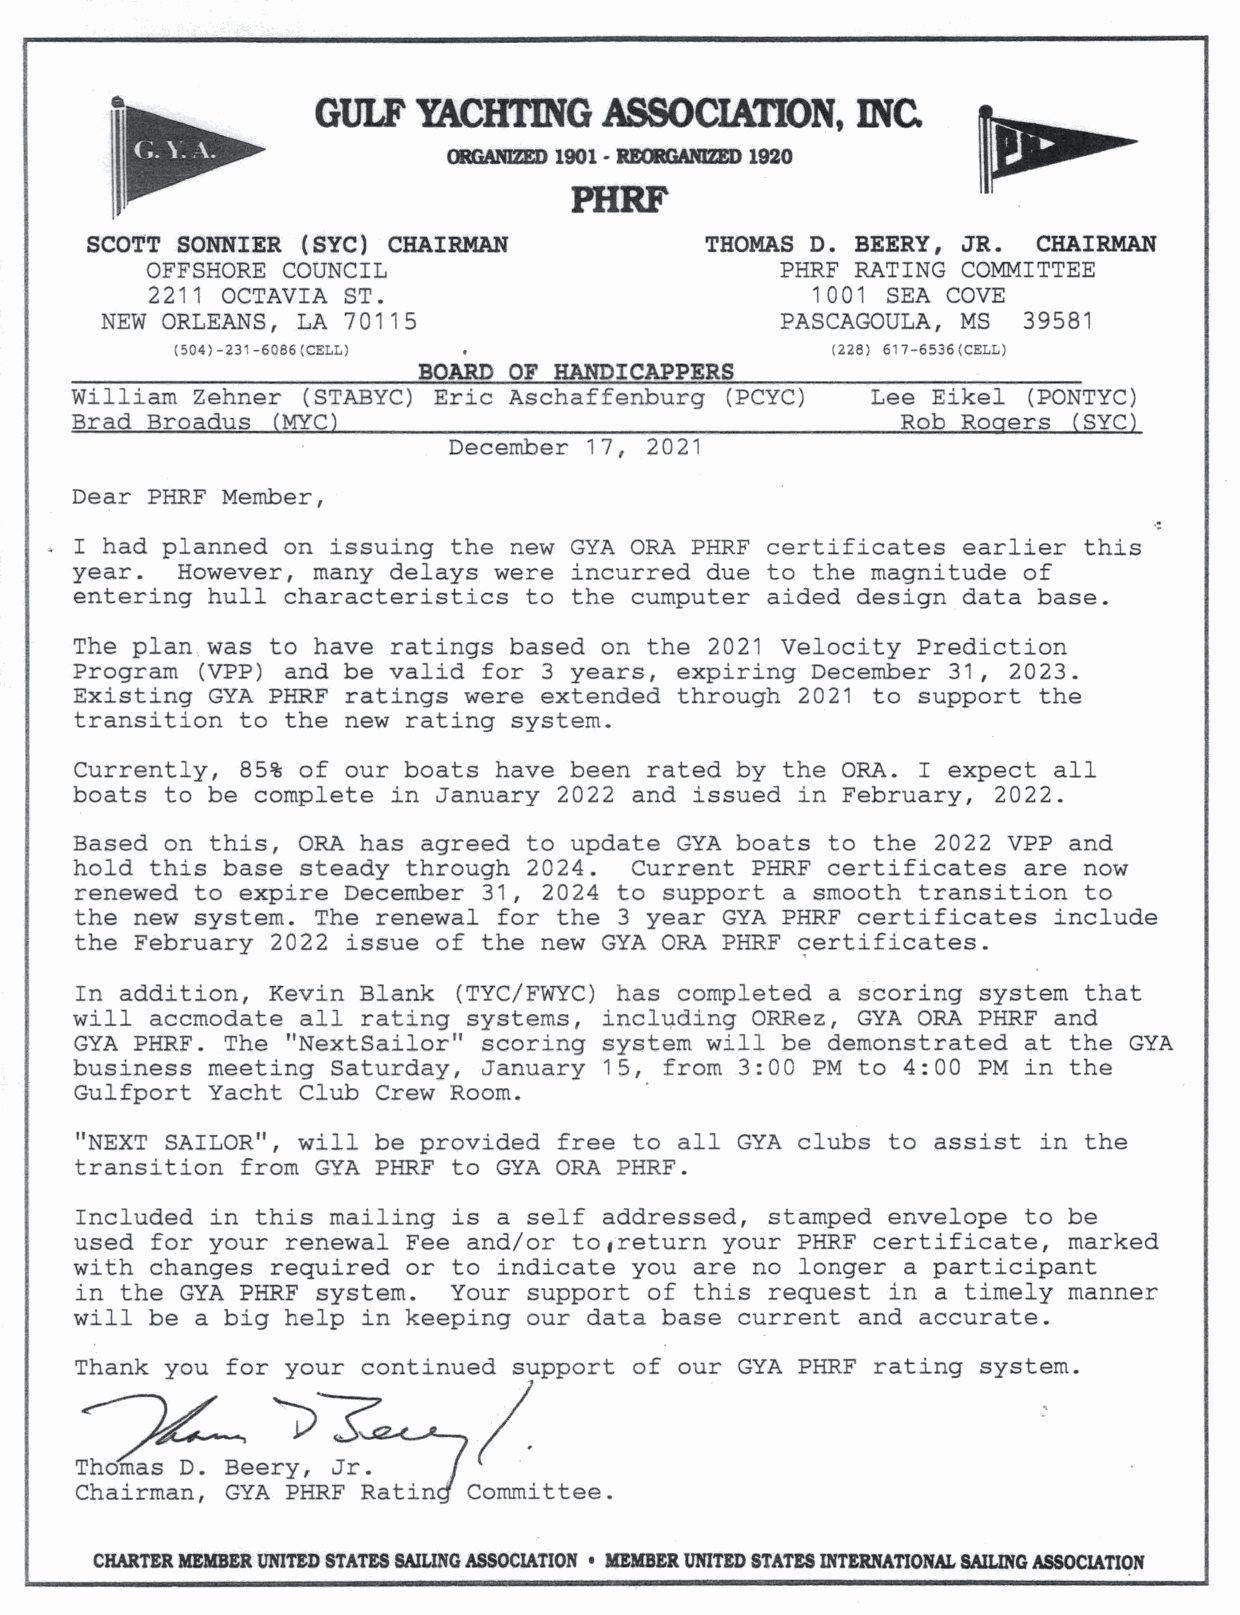
GULF   YAClfflNG   ASSOCIATION,     INC.
 ►
 <mGANIZED 1901-RE<RiANIZED 1920
 PHRF
 SCOTT SONNIER (SYC) CHAIRMAN             THOMAS D. BEERY, JR.  CHAIRMAN
 OFFSHORE COUNCIL                          PHRF RATING COMMITTEE
 2211 OCTAVIA ST.                            1001 SEA COVE
 NEW ORLEANS, LA 70115                        PASCAGOULA, MS  39581
 (504)-231-6086(CELL)                       (228) 617-6536(CELL)
 BOARD OF HANDICAPPERS
 William Zehner (STABYC) Eric Aschaffenburg (PCYC)    Lee Eikel (PONTYC)
 Brad Broadus (MYC)                                     Rob Rogers (SYC)
 December 17, 2021
 Dear PHRF Member,
 I had planned on issuing the new GYA ORA PHRF certificates earlier this
 year.  However, many delays were incurred due to the magnitude of
 entering hull characteristics to the cumputer aided design data base.
 The plan was to have ratings based on the 2021 Velocity Prediction
 Program (VPP) and be valid for 3 years, expiring December 31, 2023.
 Existing GYA PHRF ratings were extended through 2021 to support the
 transition to the new rating system.
 Currently, 85% of our boats have been rated by the ORA. I expect all
 boats to be complete in January 2022 and issued in February, 2022.
 Based on this, ORA has agreed to update GYA boats to the 2022 VPP and
 hold this base steady through 2024.  Current PHRF certificates are now
 renewed to expire December 31, 2024 to support a smooth transition to
 the new system. The renewal for the 3 year GYA PHRF certificates include
 the February 2022 issue of the new GYA ORA PHRF ~ertificates.
 In addition, Kevin Blank (TYC/FWYC) has completed a scoring system that
 will accmodate all rating systems, incl~ding ORRez, GYA ORA PHRF and
 GYA PHRF. The "NextSailor" scoring system will be demonstrated at the GYA
 business meeting Saturday, January 15, from 3:00 PM to 4:00 PM in the
 Gulfport Yacht Club Crew Room.
 "NEXT SAILOR", will be provided free to all GYA clubs to assist in the
 transition from GYA PHRF to GYA ORA PHRF.
 Included in this mailing is a self addressed, stamped envelope to be
 used for your renewal Fee and/or to,return your PHRF certificate, marked
 with changes required or to indicate you are no longer a participant
 in the GYA PHRF system.  Your support of this request in a timely manner
 will be a big help in keeping our data base current and accurate.
 T~hank eyou efor :yo ur continued support of our GYA PHRF rating system.
 h          I
 Chairman, GYA PHRF RatinJ Committee.
 CHARTER MEMBER UNITED STATES SAILING ASSOCIATION • MEMBER UNITED STATES INTERNATIONAL SAILING ASSOCIATION